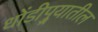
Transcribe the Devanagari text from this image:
धोंडीपुर्‍यातील